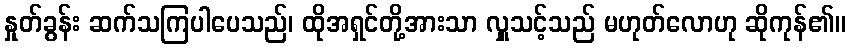
နှုတ်ခွန်း ဆက်သကြပါပေသည်၊ ထိုအရှင်တို့အားသာ လှူသင့်သည် မဟုတ်လောဟု ဆိုကုန်၏။